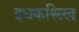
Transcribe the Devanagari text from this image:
इधकश्लिख